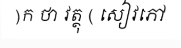
)ក ថា វត្ថុ ( សៀវភៅ